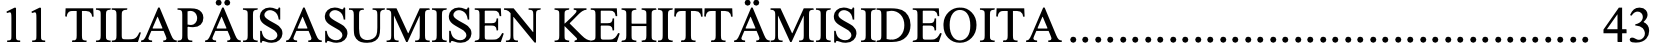
11 TILAPÄISASUMISEN KEHITTÄMISIDEOITA .......................................... 43